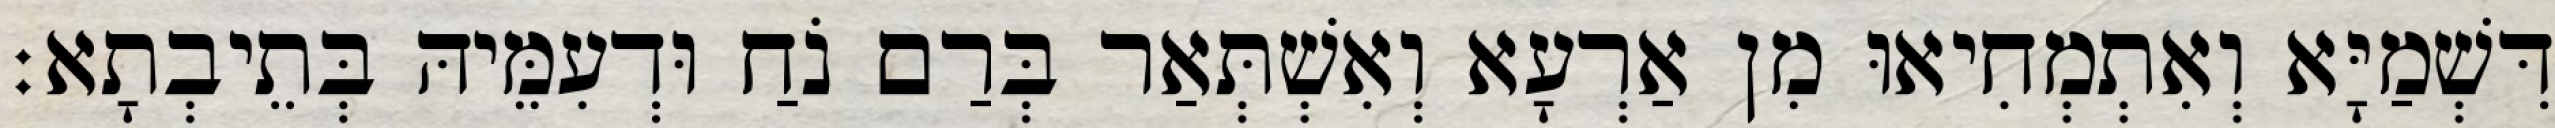
דִּשְׁמַיָּא וְאִתְמְחִיאוּ מִן אַרְעָא וְאִשְׁתְּאַר בְּרַם נֹחַ וּדְעִמֵּיהּ בְּתֵיבְתָא׃